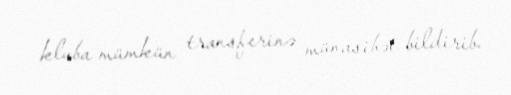
kluba mümkün transferinə münasibət bildirib.